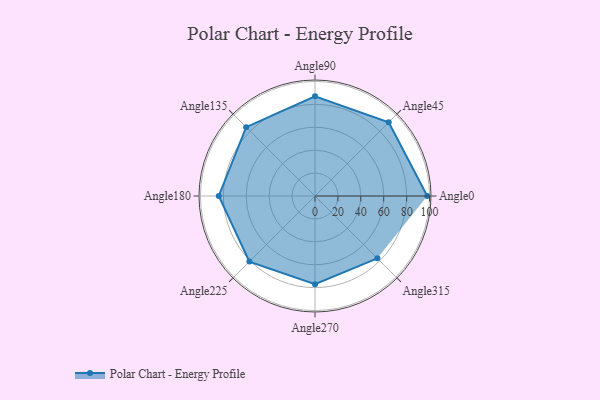
{"axis": {"x": "Angle", "y": "Radius"}, "legend": [""], "data": [{"x": "Angle0", "y": 98.0, "type": ""}, {"x": "Angle45", "y": 91.0, "type": ""}, {"x": "Angle90", "y": 87.0, "type": ""}, {"x": "Angle135", "y": 85.0, "type": ""}, {"x": "Angle180", "y": 84.0, "type": ""}, {"x": "Angle225", "y": 81.0, "type": ""}, {"x": "Angle270", "y": 77.0, "type": ""}, {"x": "Angle315", "y": 77.0, "type": ""}]}